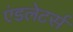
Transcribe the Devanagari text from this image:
एंडलेटर्स